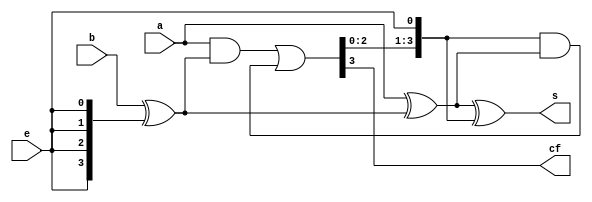
module addsub4(
  input wire [3:0] a,
  input wire [3:0] b,
  input wire e,
  output wire [3:0] s,
  output wire cf
);
  wire [4:0] c;
  wire [3:0] bx;
  assign bx = b^{4{e}};
  assign c[0] = e;
  assign s = a^bx^c[3:0];
  assign c[4:1] = a&bx|c[3:0]&(a^bx);
  assign cf = c[4];
endmodule